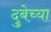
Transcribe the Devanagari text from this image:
दुबेच्या